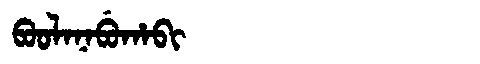
Manchu: ᠪᠣᠣᠯᠠᠨᠠᠪᡠᡥᠠᠪᡳ
Romanization: BOOLANABUHABI